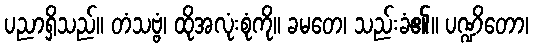
ပညာရှိသည်။ တံသဗ္ဗံ၊ ထိုအလုံးစုံကို။ ခမတေ၊ သည်းခံ၏။ ပဏ္ဍိတော၊